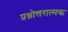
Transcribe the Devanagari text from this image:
प्रश्नोत्तरात्मक